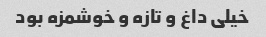
خیلی داغ و تازه و خوشمزه بود